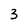
Character: 3